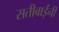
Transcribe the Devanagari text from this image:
सतीबाईंनी